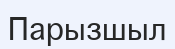
Парызшыл